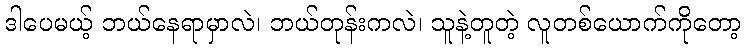
ဒါပေမယ့် ဘယ်နေရာမှာလဲ၊ ဘယ်တုန်းကလဲ၊ သူနဲ့တူတဲ့ လူတစ်ယောက်ကိုတော့